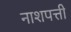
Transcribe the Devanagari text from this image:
नाशपत्ती